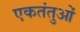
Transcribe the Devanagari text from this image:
एकतंतुओं